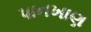
પાનખાણ